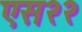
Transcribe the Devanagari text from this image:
एस२२